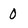
Character: 0